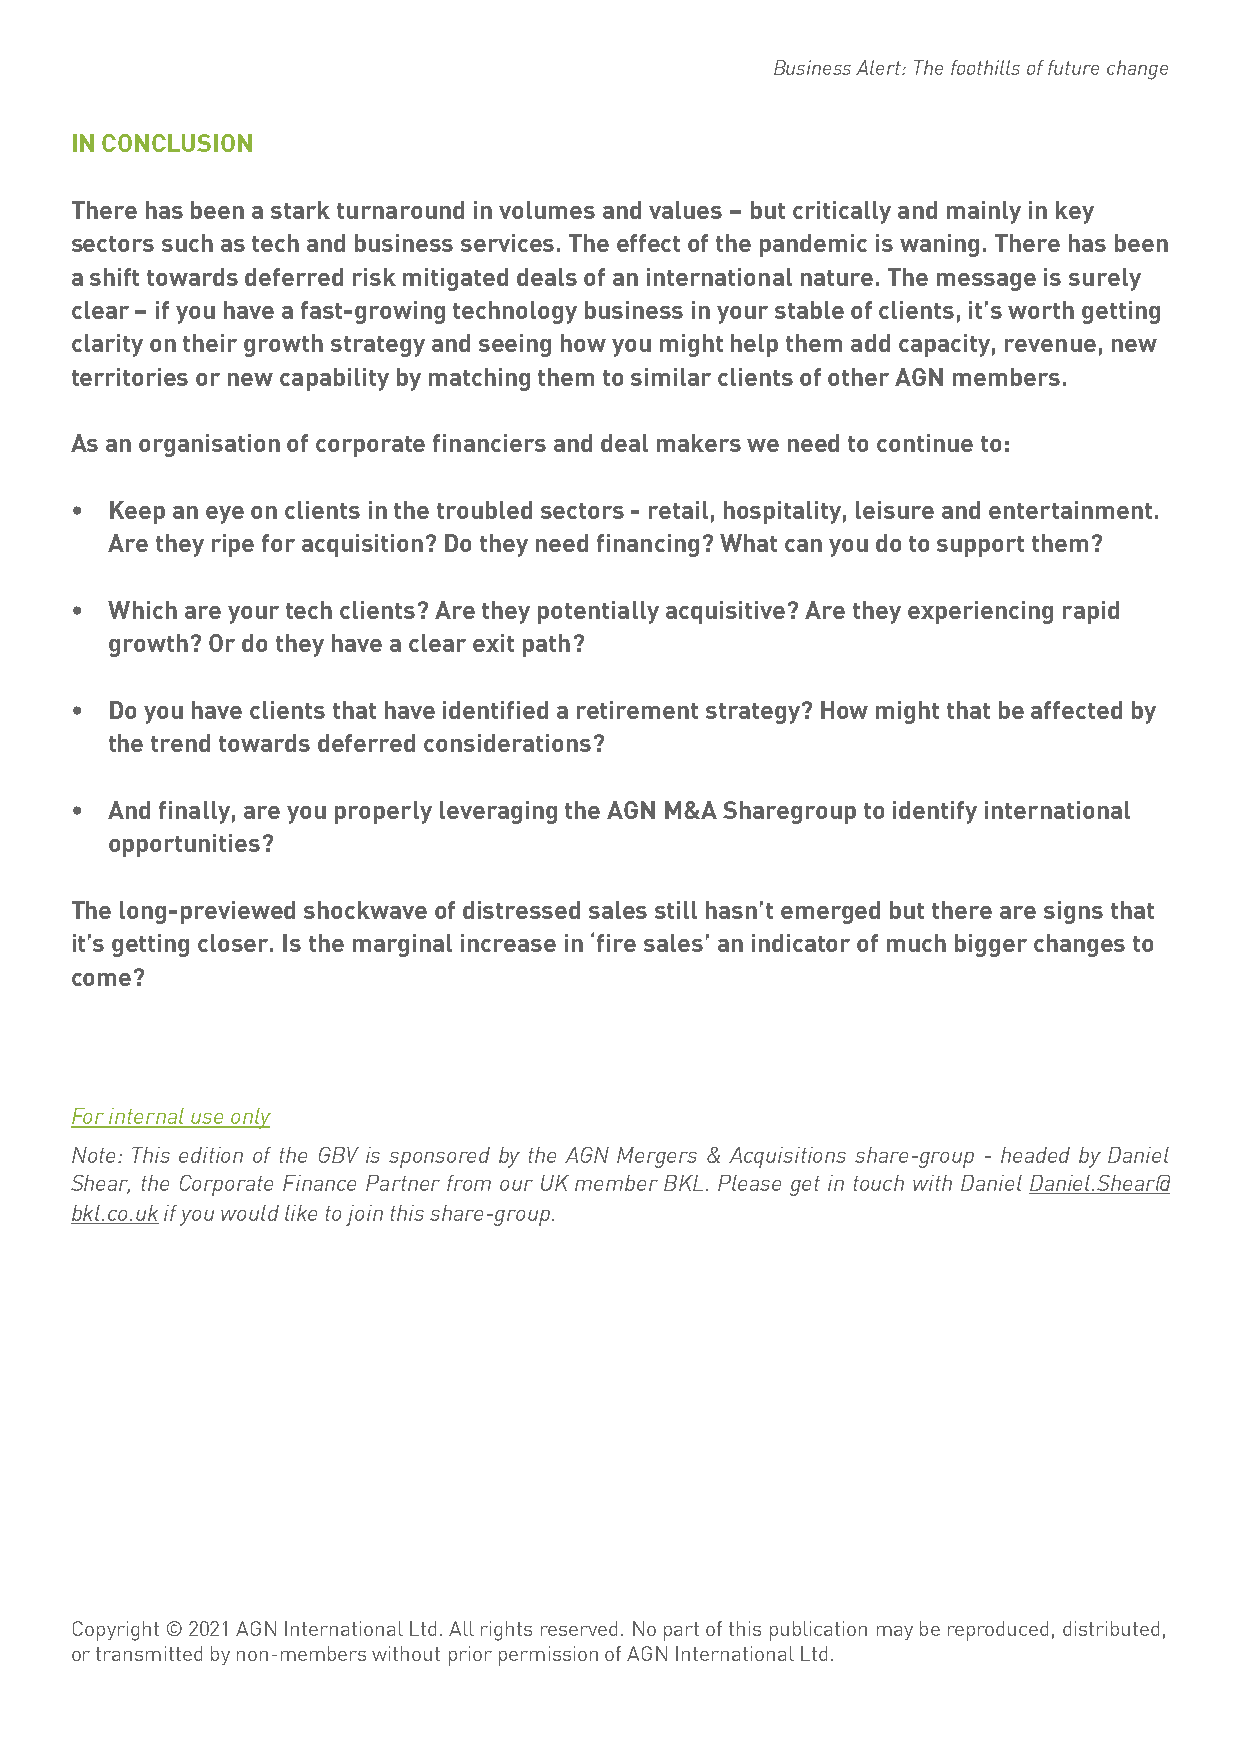
Business Alert: The foothills of future change
 IN CONCLUSION
 There has been a stark turnaround in volumes and values – but critically and mainly in key
 sectors such as tech and business services. The effect of the pandemic is waning. There has been
 a shift towards deferred risk mitigated deals of an international nature. The message is surely
 clear – if you have a fast-growing technology business in your stable of clients, it’s worth getting
 clarity on their growth strategy and seeing how you might help them add capacity, revenue, new
 territories or new capability by matching them to similar clients of other AGN members.
 As an organisation of corporate financiers and deal makers we need to continue to:
 • Keep an eye on clients in the troubled sectors - retail, hospitality, leisure and entertainment.
 Are they ripe for acquisition? Do they need financing? What can you do to support them?
 • Which are your tech clients? Are they potentially acquisitive? Are they experiencing rapid
 growth? Or do they have a clear exit path?
 • Do you have clients that have identified a retirement strategy? How might that be affected by
 the trend towards deferred considerations?
 • And finally, are you properly leveraging the AGN M&A Sharegroup to identify international
 opportunities?
 The long-previewed shockwave of distressed sales still hasn’t emerged but there are signs that
 it’s getting closer. Is the marginal increase in ‘fire sales’ an indicator of much bigger changes to
 come?
 For internal use only
 Note: This edition of the GBV is sponsored by the AGN Mergers & Acquisitions share-group - headed by Daniel
 Shear, the Corporate Finance Partner from our UK member BKL. Please get in touch with Daniel Daniel.Shear@
 bkl.co.uk if you would like to join this share-group.
 Copyright © 2021 AGN International Ltd. All rights reserved. No part of this publication may be reproduced, distributed,
 or transmitted by non-members without prior permission of AGN International Ltd.